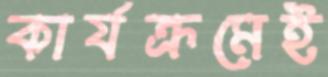
কার্যক্রমেই